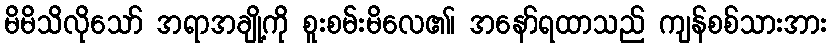
မိမိသိလိုသော် အရာအချို့ကို စူးစမ်းမိလေ၏၊ အနော်ရထာသည် ကျန်စစ်သားအား